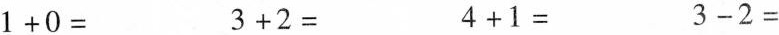
$$1 + 0 =$$ $$3 + 2 =$$ $$4 + 1 =$$ $$3 - 2 =$$